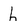
Character: h